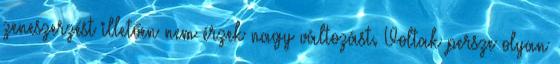
zeneszerzést illetően nem érzek nagy változást. Voltak persze olyan